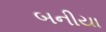
બનીયા